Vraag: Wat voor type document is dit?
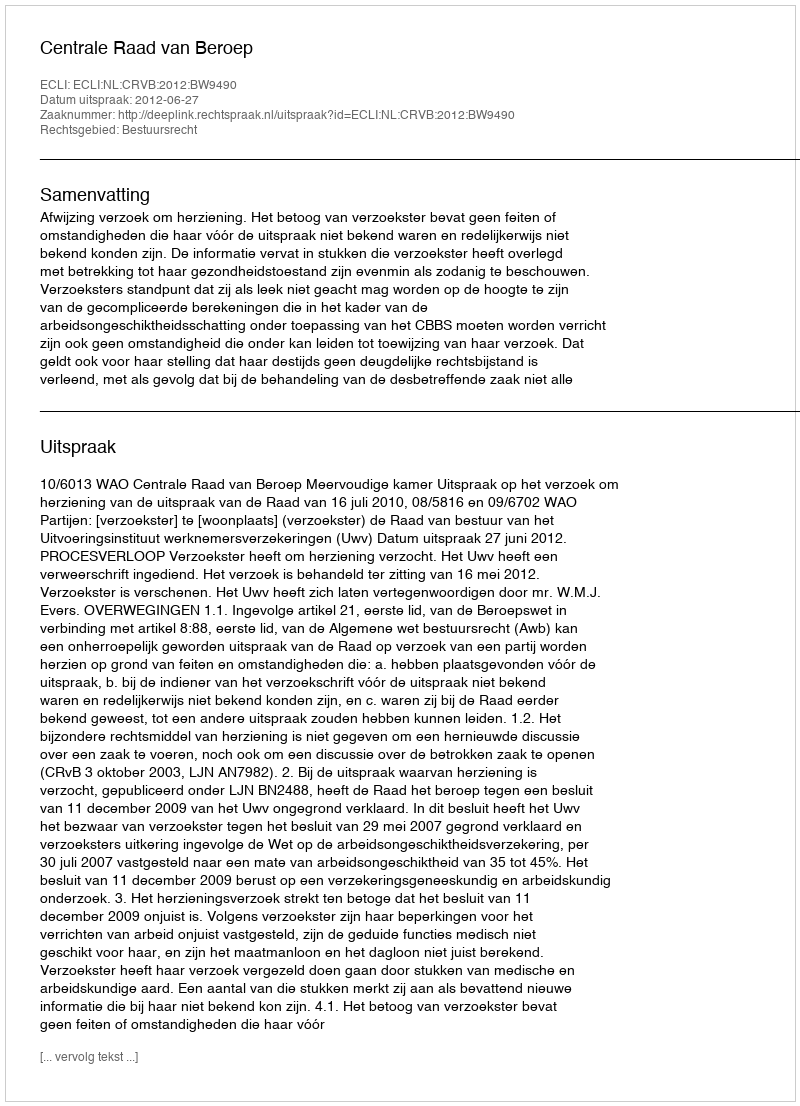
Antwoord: Uitspraak